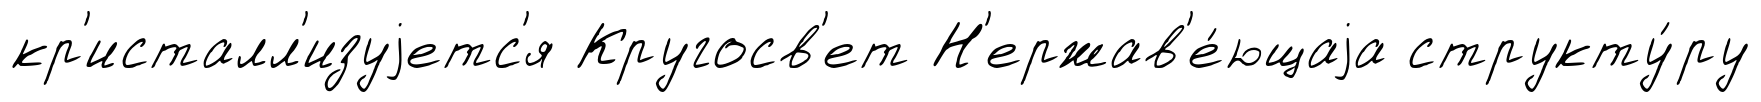
кр'исталл'изуjетс'я Кругосв'ет Н'ержав'е́ющаjа структу́ру